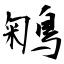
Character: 鵴